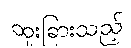
ထူးခြားသည့်